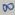
Text: 8